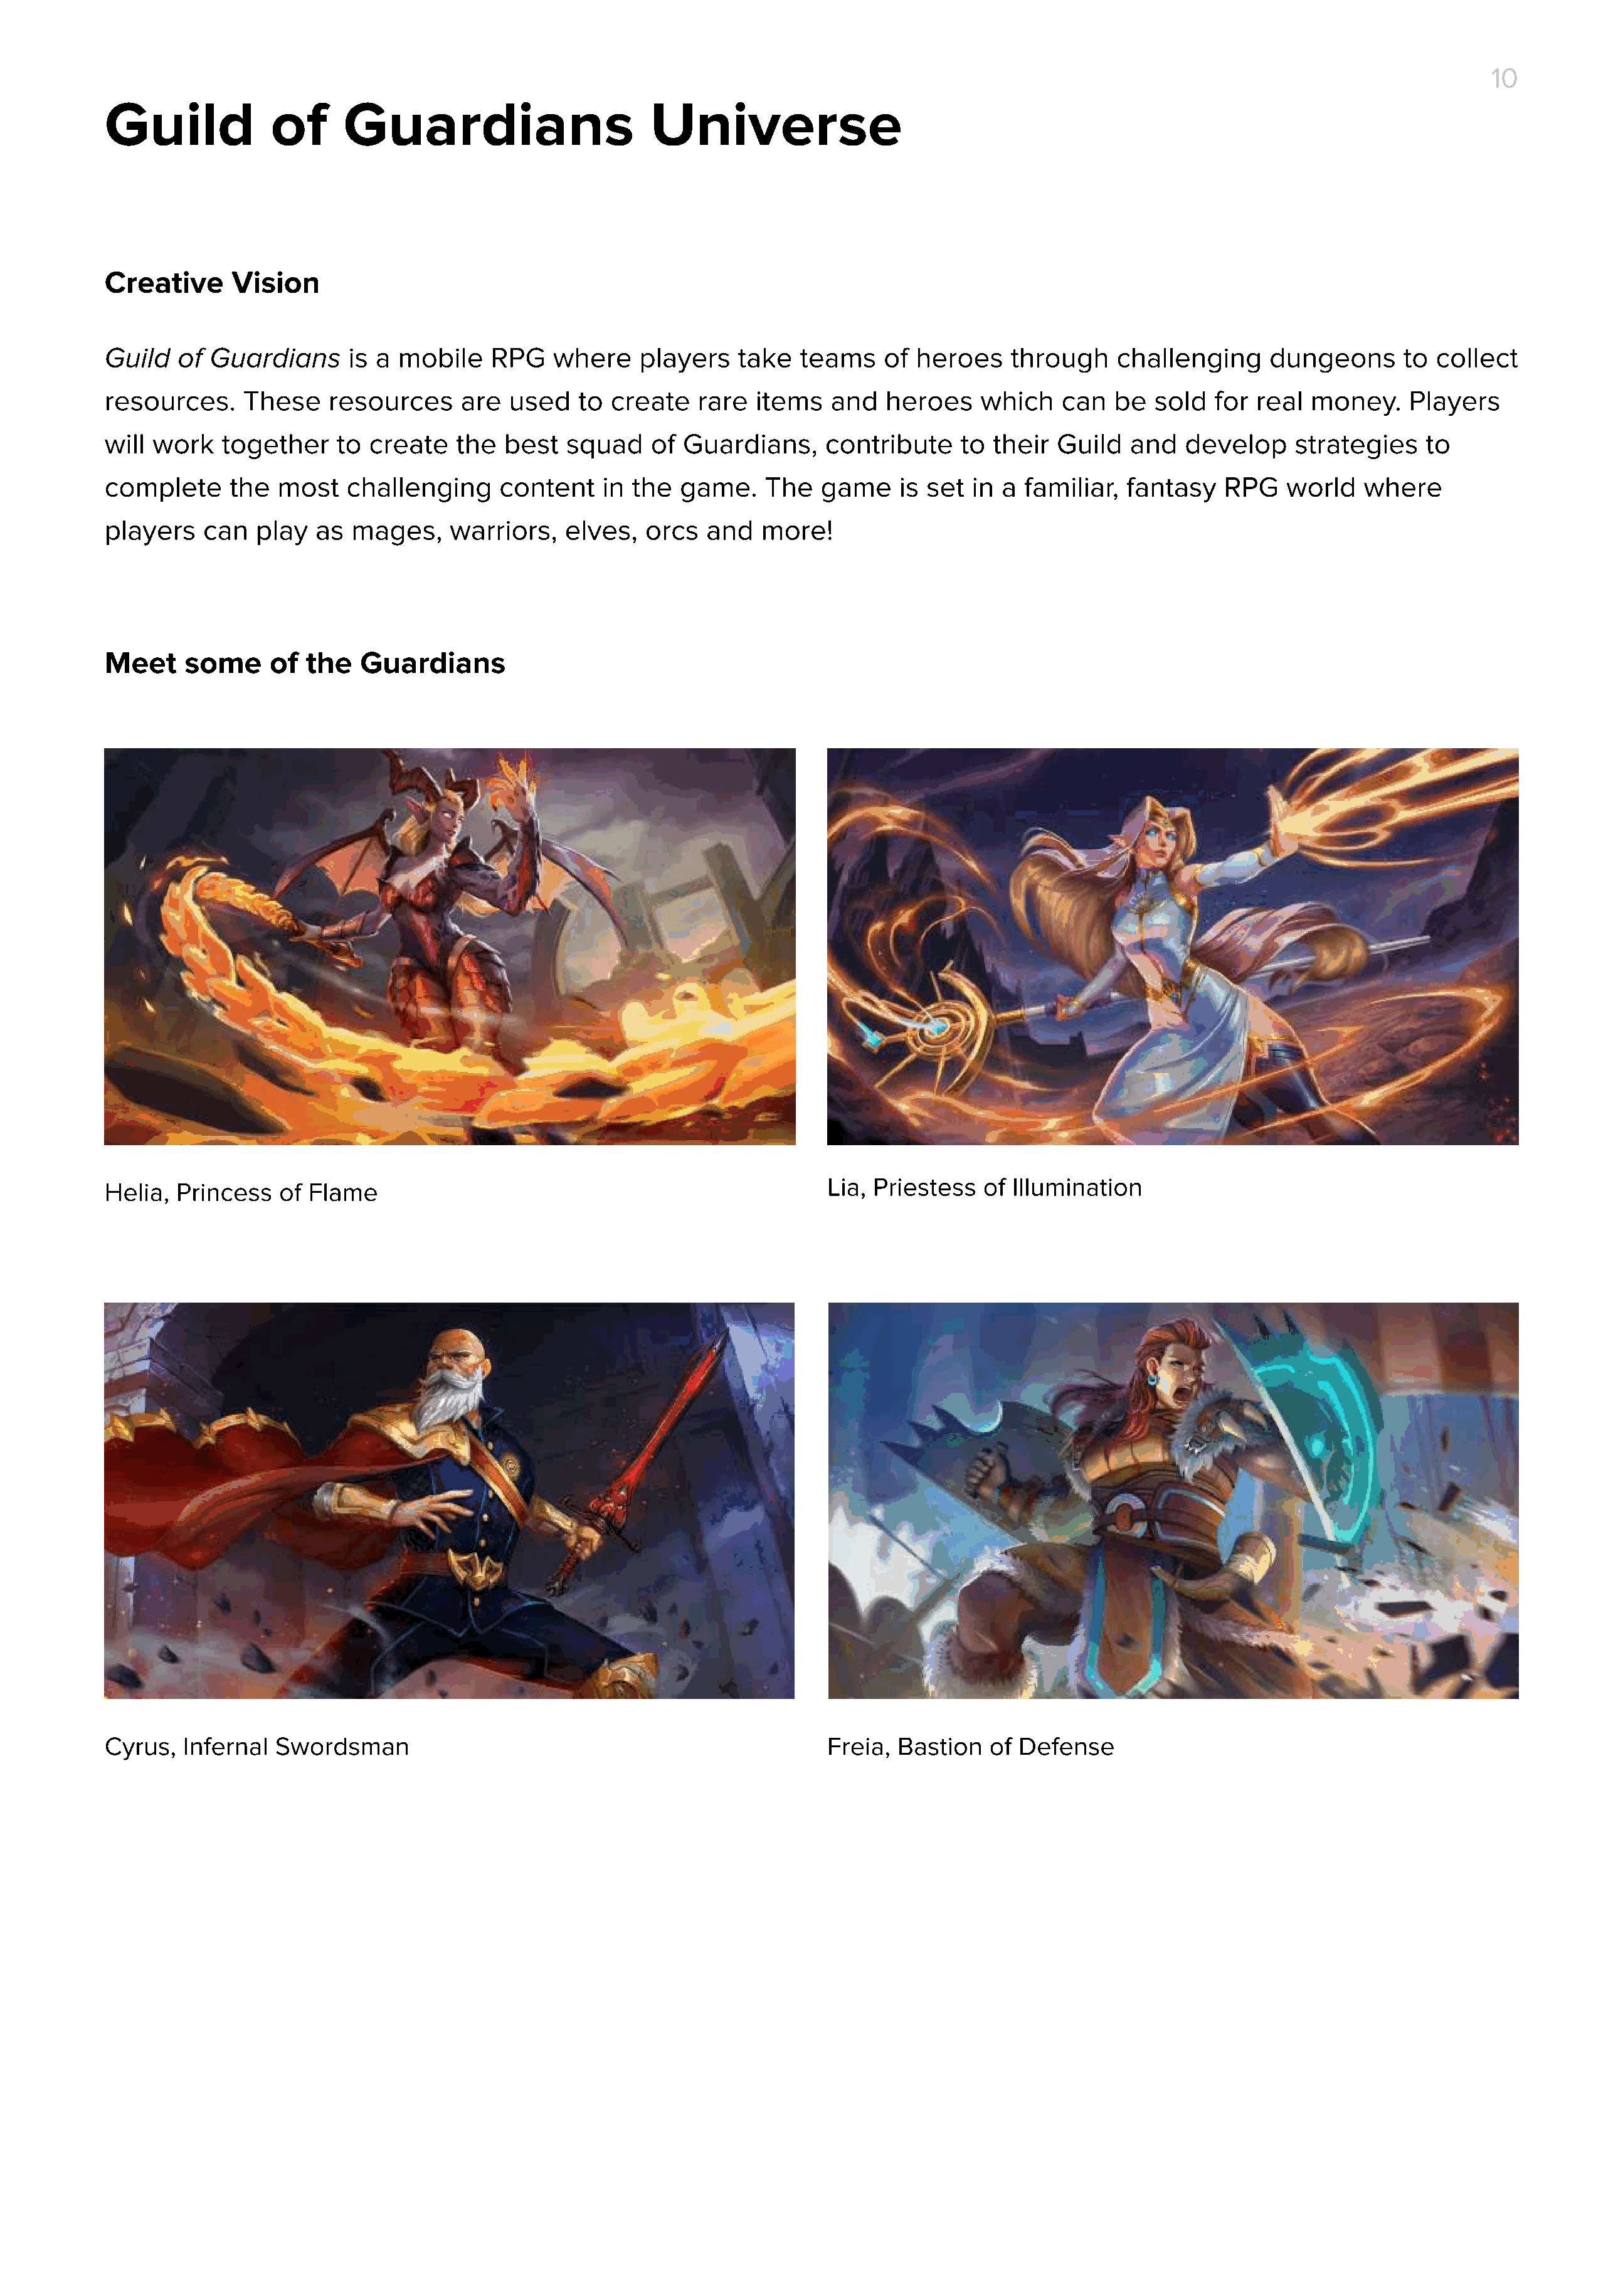
10
 Guild             of     Guardians                        Universe
 Creative     Vision
 Guild   of Guardians      is a mobile    RPG   where    players    take  teams    of  heroes    through    challenging     dungeons      to  collect
 resources.     These    resources     are  used   to create    rare  items   and  heroes    which    can   be  sold  for  real money.     Players
 will work   together     to create   the  best   squad    of Guardians,     contribute    to  their  Guild  and   develop     strategies   to
 complete     the  most    challenging     content    in the  game.    The   game    is set  in a familiar,  fantasy   RPG    world   where
 players   can   play  as  mages,    warriors,    elves,  orcs   and  more!
 Meet    some     of  the   Guardians
 Lia, Priestess   of Illumination
 Helia,  Princess  of  Flame
 Cyrus,  Infernal  Swordsman                                                 Freia,  Bastion  of Defense